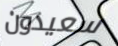
سعيدون